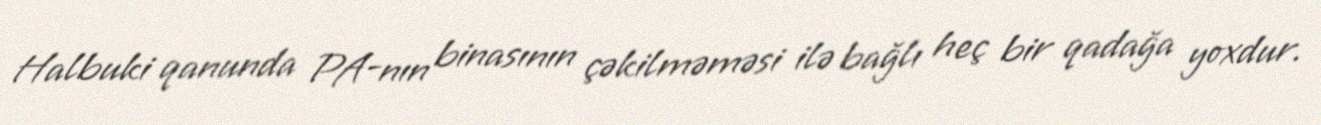
Halbuki qanunda PA-nın binasının çəkilməməsi ilə bağlı heç bir qadağa yoxdur.